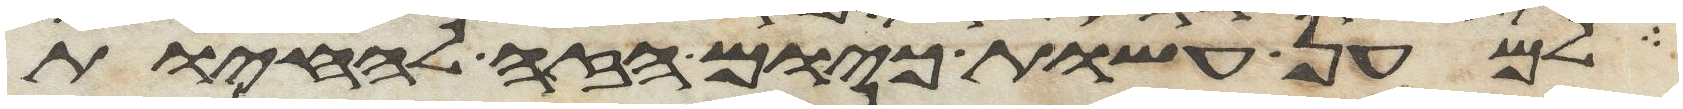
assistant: למען עשות כיום הזה להחיות